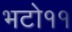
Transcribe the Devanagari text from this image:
भटो११